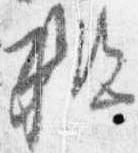
粗